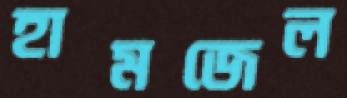
হামজেল